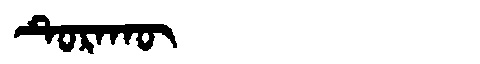
Manchu: ᡨᡠᡵᠠᡴᡡ
Romanization: TURAKŪ